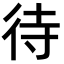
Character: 待